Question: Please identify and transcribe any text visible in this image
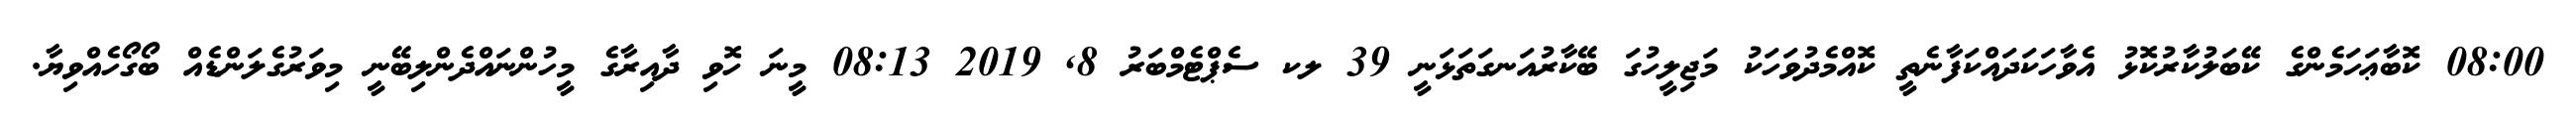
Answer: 08:00 ކޮބާޢަހަމެންގެ ކޭބަލުކާރުކޮޅު އެވާހަކަދައްކަފާނެތީ ކޮއްމެދުވަހަކު މަޖިލީހުގަ ބޭކާރުއަނގަތަޅަނީ 39 ލކ ސެޕްޓެމްބަރު 8, 2019 08:13 މީނަ ހޮވި ދާއިރާގެ މީހުންނައްދެންލިބޭނީ މިވަރުގެލަންޑެއް ބޯގޯހެއްވިޔާ.